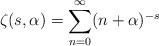
LaTeX: \begin{align*}\zeta(s,\alpha)= \sum_{n=0}^{\infty} (n+\alpha)^{-s}\end{align*}